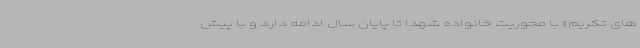
های تکریم» با محوریت خانواده شهدا تا پایان سال ادامه دارد و با پیش